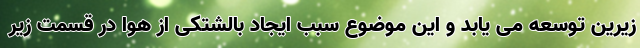
زیرین توسعه می یابد و این موضوع سبب ایجاد بالشتکی از هوا در قسمت زیر